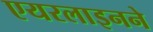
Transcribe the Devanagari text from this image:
एयरलाइनने